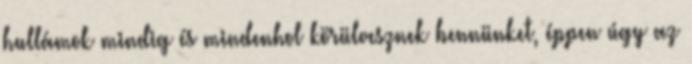
hullámok mindig és mindenhol körülvesznek bennünket, éppen úgy az